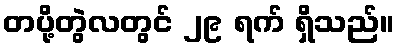
တပို့တွဲလတွင် ၂၉ ရက် ရှိသည်။